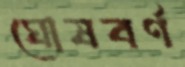
ঘোষবর্ণ